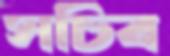
সচিব